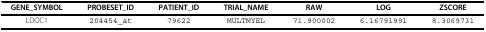
<table><thead><tr><td><b>GENE_SYMBOL</b></td><td><b>PROBESET_ID</b></td><td><b>PATIENT_ID</b></td><td><b>TRIAL_NAME</b></td><td><b>RAW</b></td><td><b>LOG</b></td><td><b>ZSCORE</b></td></tr></thead><tbody><tr><td>LDOC1</td><td>204454_at</td><td>79622</td><td>MULTMYEL</td><td>71.900002</td><td>6.16791991</td><td>8.3069731</td></tr></tbody></table>